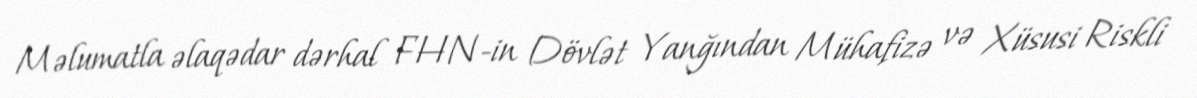
Məlumatla əlaqədar dərhal FHN-in Dövlət Yanğından Mühafizə və Xüsusi Riskli